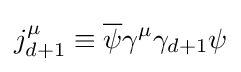
j_{d+1}^{\mu }\equiv {\overline {\psi }}\gamma ^{\mu }\gamma _{d+1}\psi